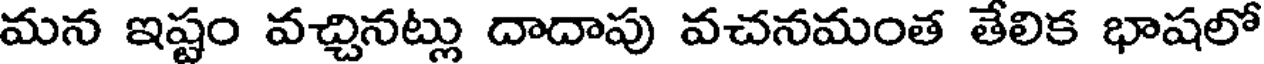
మన ఇష్టం వచ్చినట్లు దాదాపు వచనమంత తేలిక భాషలో